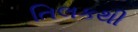
તિલકથી